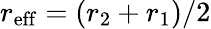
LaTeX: r_{\mathrm{eff}}=(r_{2}+r_{1})/2